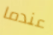
عندما